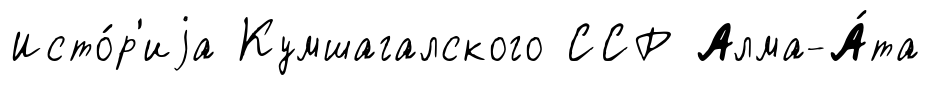
Исто́р'иjа Кумшагалского ССР Алма-А́та